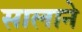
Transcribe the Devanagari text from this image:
सालाने